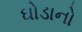
ઘોડાનો